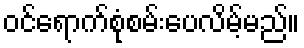
ဝင်ရောက်စုံစမ်းပေလိမ့်မည်။